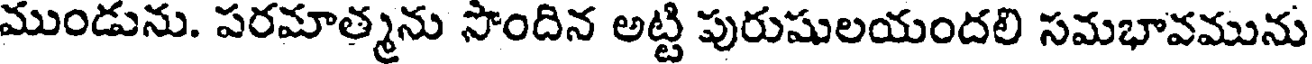
ముండును. పరమాత్మను సొందిన అట్టి పురుషులయందలి సమభావమును